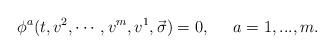
LaTeX: \begin{align*}\phi ^a(t,v^2,\cdots ,v^m,v^1,\vec{\sigma})=0,\;\;\;\;\;a=1,...,m.\end{align*}